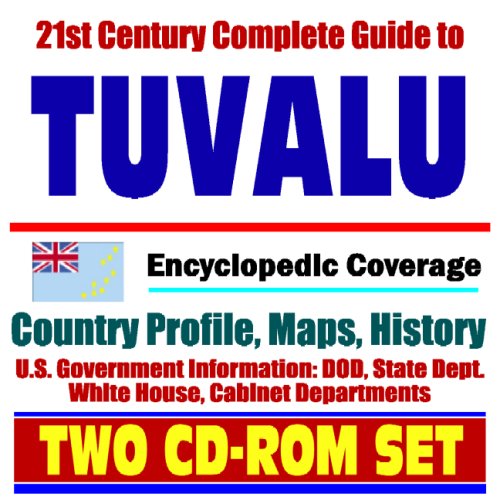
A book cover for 21st Century Complete Guide to Tuvalu - Encyclopedic Coverage, Country Profile, History, DOD, State Dept., White House, CIA Factbook (Two CD-ROM Set); U.S. Government; Travel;